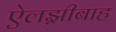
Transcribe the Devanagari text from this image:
ऐलझ़ीबाह